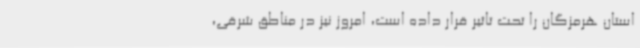
استان هرمزگان را تحت تاثیر قرار داده است، امروز نیز در مناطق شرقی،